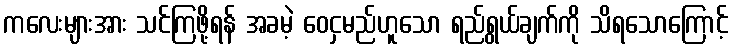
ကလေးများအား သင်ကြဖို့ရန် အခမဲ့ ဝေငှမည်ဟူသော ရည်ရွယ်ချက်ကို သိရသောကြောင့်